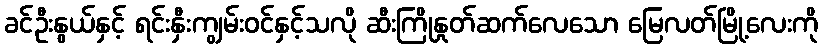
ခင်ဦးနွယ်နှင့် ရင်းနှီးကျွမ်းဝင်နှင့်သလို ဆီးကြိုနှုတ်ဆက်လေသော မြေလတ်မြို့လေးကို